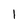
Character: 1